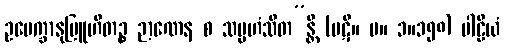
ဥပေက္ခာနုဗြူဟိတဉ္စ ဉာဏေန စ သမ္ပဟံသိတ”န္တိ (ပဋိ။ မ။ ၁။၁၅၈) ပါဠိယံ